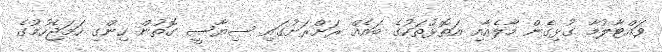
ވައްޓާލުމާ ގުޅިގެން މާލެއާއި އަތޮޅުތަކުގެ ބައެއް ރަށްރަށުގައި ސިޔާސީ ގޮތުން ހިންގި ހަމަޖެހުމުގެ